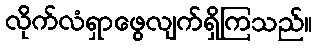
လိုက်လံရှာဖွေလျက်ရှိကြသည်။